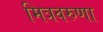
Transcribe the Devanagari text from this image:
मित्रवरुणा